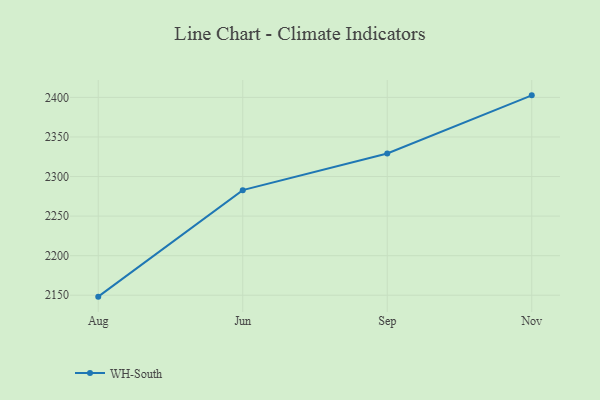
{"axis": {"x": "Month", "y": "Headcount"}, "legend": ["WH-South"], "data": [{"x": "Aug", "y": 2148.2, "type": "WH-South"}, {"x": "Jun", "y": 2282.8, "type": "WH-South"}, {"x": "Sep", "y": 2329.2, "type": "WH-South"}, {"x": "Nov", "y": 2402.6, "type": "WH-South"}]}